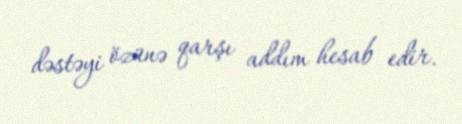
dəstəyi özünə qarşı addım hesab edir.